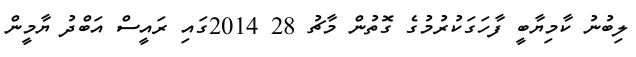
ލިބުނު ކާމިޔާބީ ފާހަގަކުރުމުގެ ގޮތުން މާޗު 28 2014ގައި ރައީސް އަބްދު ޔާމީން